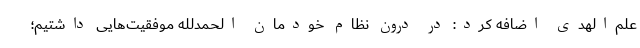
علم‌الهدی اضافه کرد: در درون نظام خودمان الحمدلله موفقیت‌هایی داشتیم؛